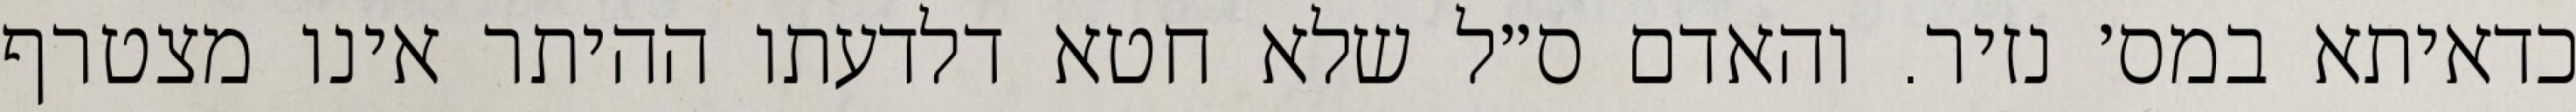
כדאיתא במס׳ נזיר. והאדם ס״ל שלא חטא דלדעתו ההיתר אינו מצטרף